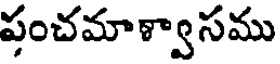
పంచమాళ్వాసము